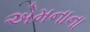
એમનાના